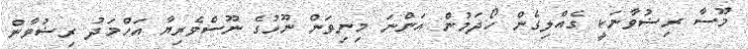
މޫސާ ރިޟުވާނަކީ ގެއްލިގެން ހޯދަމުން އަންނަ މިނިވަން ނޫހުގެ ނޫސްވެރިޔާ އަހްމަދު ރިޟުވާން